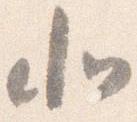
北